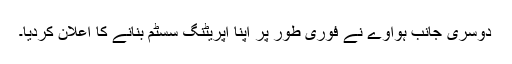
دوسری جانب ہواوے نے فوری طور پر اپنا آپریٹنگ سسٹم بنانے کا اعلان کردیا۔